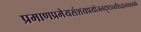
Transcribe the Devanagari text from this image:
प्रमाणप्रमेयसंशयप्रयोजनदृष्टान्तसिद्धान्तावयवतर्क